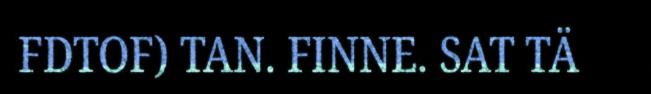
FDTOF) TAN. FINNE. SAT TÄ